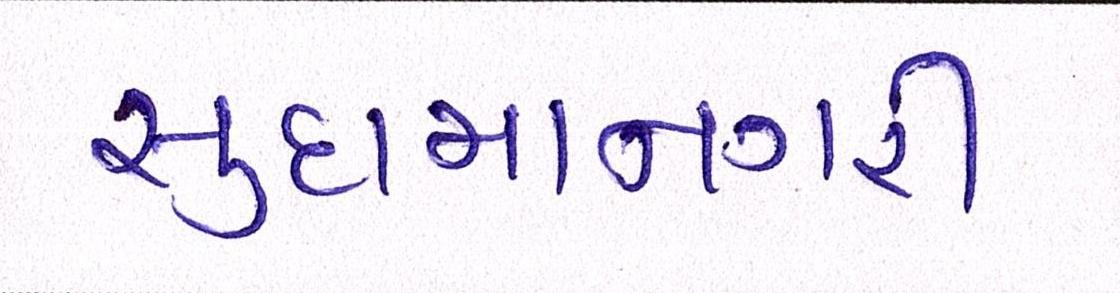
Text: સુદામાનગરી